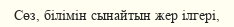
Сөз, білімін сынайтын жер ілгері,